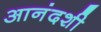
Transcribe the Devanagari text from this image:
आनंदशी